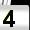
Digit: 4